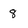
Character: 8